Annual report on the Civil Veterinary Department, Burma (including the Insein Veterinary School) - 1923-1931
Year: 1923
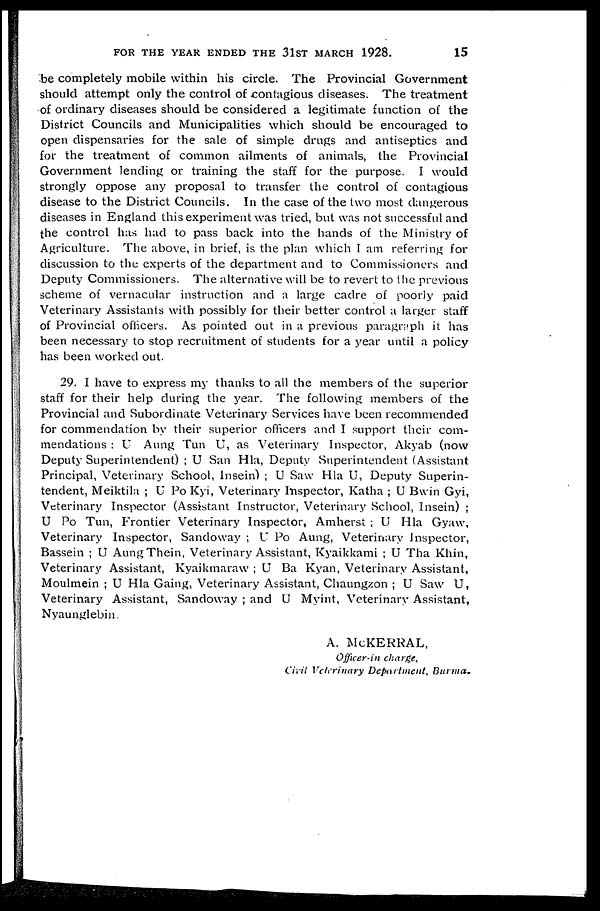
FOR THE YEAR ENDED THE 31ST MARCH 1928.
15
be completely mobile within his circle. The Provincial Government
should attempt only the control of contagious diseases. The treatment
of ordinary diseases should be considered a legitimate function of the
District Councils and Municipalities which should be encouraged to
open dispensaries for the sale of simple drugs and antiseptics and
for the treatment of common ailments of animals, the Provincial
Government lending or training the staff for the purpose. I would
strongly oppose any proposal to transfer the control of contagious
disease to the District Councils. In the case of the two most dangerous
diseases in England this experiment was tried, but was not successful and
the control has had to pass back into the hands of the Ministry of
Agriculture. The above, in brief, is the plan which I am referring for
discussion to the experts of the department and to Commissioners and
Deputy Commissioners. The alternative will be to revert to the previous
scheme of vernacular instruction and a large cadre of poorly paid
Veterinary Assistants with possibly for their better control a larger staff
of Provincial officers. As pointed out in a previous paragraph it has
been necessary to stop recruitment of students for a year until a policy
has been worked out.
29. I have to express my thanks to all the members of the superior
staff for their help during the year. The following members of the
Provincial and Subordinate Veterinary Services have been recommended
for commendation by their superior officers and I support their com-
mendations : U Aung Tun U, as Veterinary Inspector, Akyab (now
Deputy Superintendent) ; U San Hla, Deputy Superintendent (Assistant
Principal, Veterinary School, Insein) ; U Saw Hla U, Deputy Superin-
tendent, Meiktila ; U Po Kyi, Veterinary Inspector, Katha ; U Bwin Gyi,
Veterinary Inspector (Assistant Instructor, Veterinary School, Insein) ;
U Po Tun, Frontier Veterinary Inspector, Amherst ; U Hla Gyaw,
Veterinary Inspector, Sandoway ; U Po Aung, Veterinary Inspector,
Bassein ; U Aung Thein, Veterinary Assistant, Kyaikkami ; U Tha Khin,
Veterinary Assistant, Kyaikmaraw ; U Ba Kyan, Veterinary Assistant,
Moulmein ; U Hla Gaing, Veterinary Assistant, Chaungzon ; U Saw U,
Veterinary Assistant, Sandoway ; and U Myint, Veterinary Assistant,
Nyaunglebin.
A. McKERRAL,
Officer-in charge,
Civil Veterinary Department,
Burma.